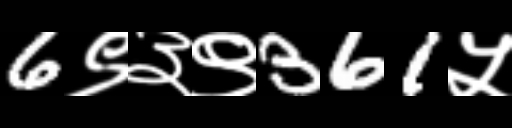
Text: 6९३९361५